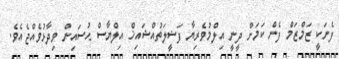
ފެނަކީ ޒަމްޒަމް ފެން ކަމަށް ދީނީ އިލްމުވެރިޔާ ފަޟީލަތުއްޝައިޚް އިލްޔާސް ޙުސައިން ވިދާޅުވެއްޖެއެވެ.